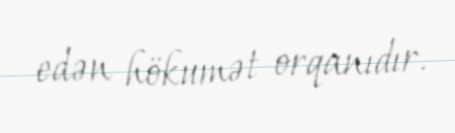
edən hökumət orqanıdır.